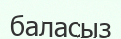
баласыз